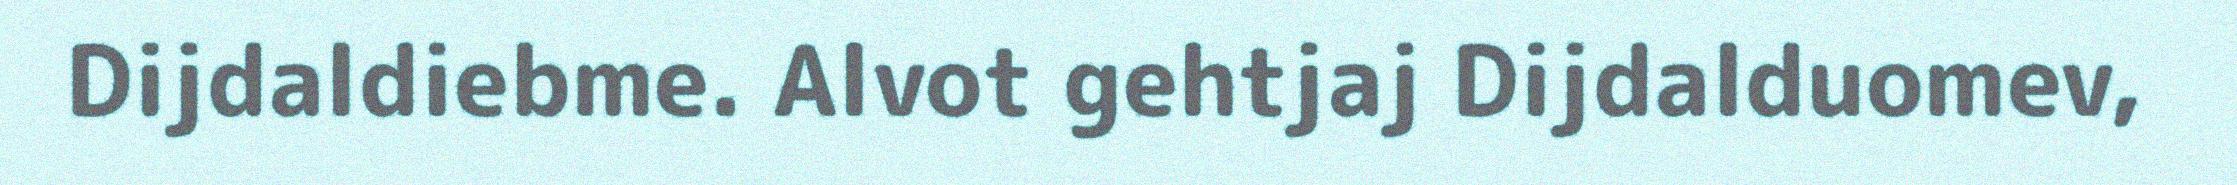
Dijdaldiebme. Alvot gehtjaj Dijdalduomev,